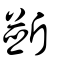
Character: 斵